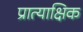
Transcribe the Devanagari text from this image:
प्रात्याक्षिक